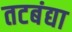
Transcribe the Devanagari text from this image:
तटबंद्या